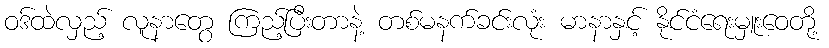
ဝဒ်ထဲလှည့် လူနာတွေ ကြည့်ပြီးတာနဲ့ တစ်မနက်ခင်းလုံး မာနာနှင့် နိုင်ငံရေးမှူးဝေတို့